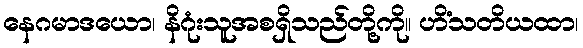
နေဂမာဒယော၊ နိဂုံးသူအစရှိသည်တို့ကို။ ဟိံသတိယထာ၊